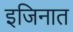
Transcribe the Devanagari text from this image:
इजिनात